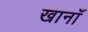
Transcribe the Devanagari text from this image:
खानाँ